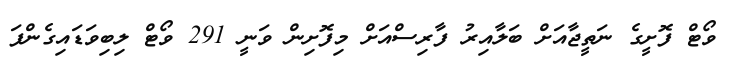
ވޯޓް ފޮށީގެ ނަތީޖާއަށް ބަލާއިރު ފާރިސްއަށް މިފޮށިން ވަނީ 291 ވޯޓް ލިބިވަޑައިގެންފަ